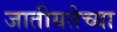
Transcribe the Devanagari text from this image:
जातीयतेच्या